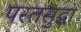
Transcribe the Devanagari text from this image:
परतसुद्धा